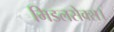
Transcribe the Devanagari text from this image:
मिडलसेक्स।